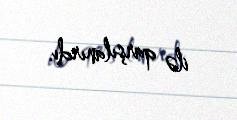
ilə qarşılanırdı.